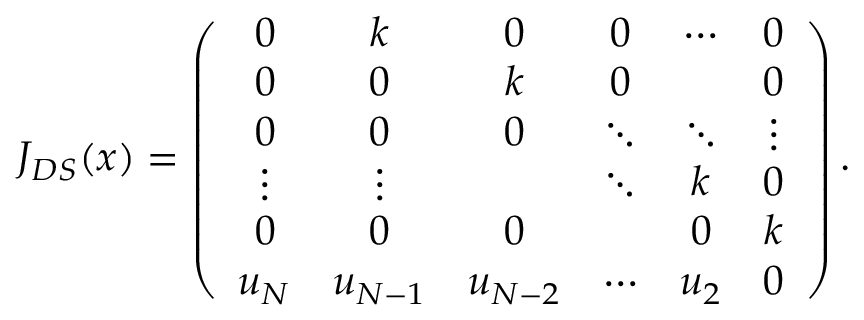
J _ { D S } ( x ) = \left( \begin{array} { c c c c c c } { { 0 } } & { { k } } & { { 0 } } & { { 0 } } & { { \cdots } } & { { 0 } } \\ { { 0 } } & { { 0 } } & { { k } } & { { 0 } } & { { } } & { { 0 } } \\ { { 0 } } & { { 0 } } & { { 0 } } & { { \ddots } } & { { \ddots } } & { { \vdots } } \\ { { \vdots } } & { { \vdots } } & { { } } & { { \ddots } } & { { k } } & { { 0 } } \\ { { 0 } } & { { 0 } } & { { 0 } } & { { } } & { { 0 } } & { { k } } \\ { { u _ { N } } } & { { u _ { N - 1 } } } & { { u _ { N - 2 } } } & { { \cdots } } & { { u _ { 2 } } } & { { 0 } } \end{array} \right) .